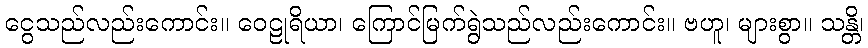
ငွေသည်လည်းကောင်း။ ဝေဠုရိယာ၊ ကြောင်မြက်ရွဲသည်လည်းကောင်း။ ဗဟူ၊ များစွာ။ သန္တိ၊